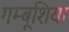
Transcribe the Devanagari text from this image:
गम्बूशिया